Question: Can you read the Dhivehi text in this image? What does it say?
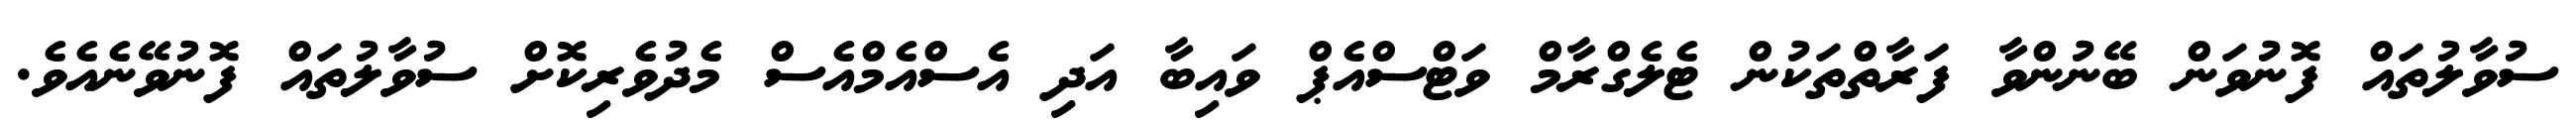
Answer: ސުވާލުތައް ފޮނުވަން ބޭނުންވާ ފަރާތްތަކުން ޓެލެގްރާމް ވަޓްސްއެޕް ވައިބާ އަދި އެސްއެމްއެސް މެދުވެރިކޮށް ސުވާލުތައް ފޮނުވޭނެއެވެ.